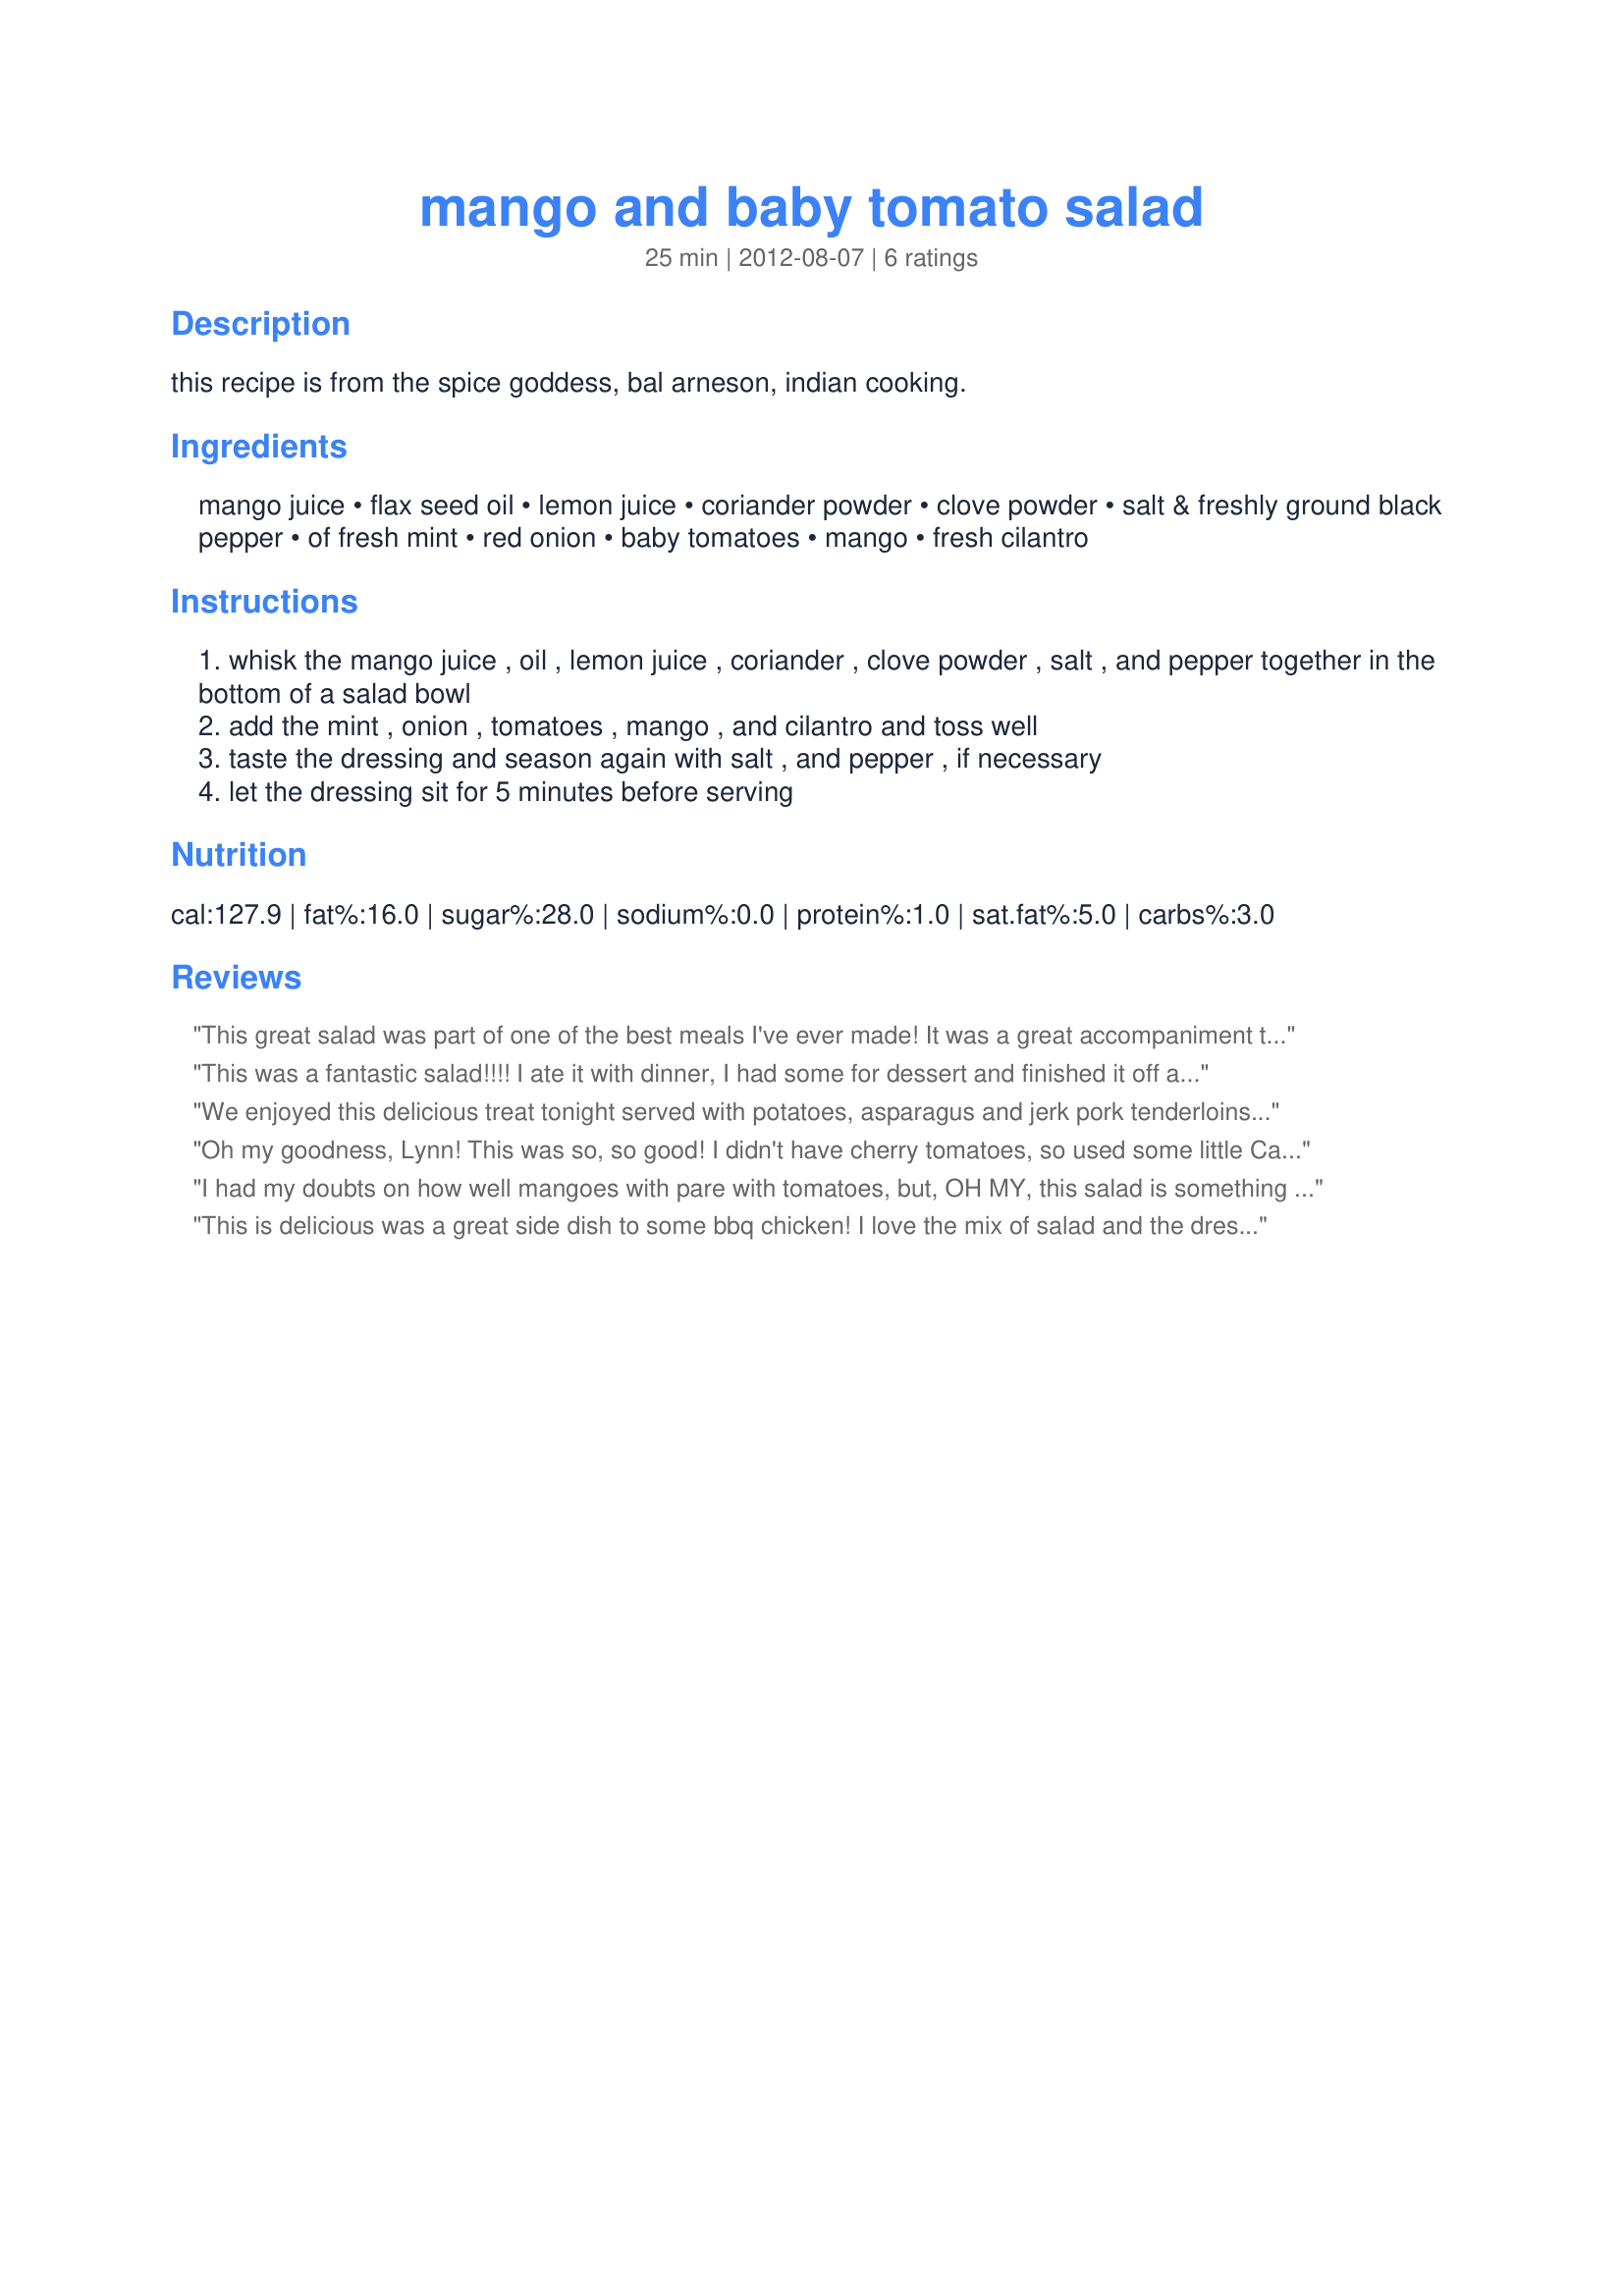
mango and baby tomato salad
Preparation time: 25 minutes

this recipe is from the spice goddess, bal arneson, indian cooking.

Ingredients:
mango juice, flax seed oil, lemon juice, coriander powder, clove powder, salt & freshly ground black pepper, of fresh mint, red onion, baby tomatoes, mango, fresh cilantro

Steps:
whisk the mango juice , oil , lemon juice , coriander , clove powder , salt , and pepper together in the bottom of a salad bowl
add the mint , onion , tomatoes , mango , and cilantro and toss well
taste the dressing and season again with salt , and pepper , if necessary
let the dressing sit for 5 minutes before serving

Reviews:
This great salad was part of one of the best meals I've ever made! It was a great accompaniment to Indian Spiced Roast Chicken on a hot hot summer night. I was skeptical about the combo of mango and tomatoes and I shouldn't have been. It was terrific along with the red onion. The spices were spot on, I'm not a mint fan, but I think I could have added a bit more! Thanks for posting L. Lynn!! Stacy G for CQ 2017, Himalayas.
This was a fantastic salad!!!! I ate it with dinner, I had some for dessert and finished it off as a midnight snack. This is in my 'keeper' file and will be made many, many times. Thank you! Made for CQ4
We enjoyed this delicious treat tonight served with potatoes, asparagus and jerk pork tenderloins. My oh my what a great meal. This salad was the perfect start to the meal. Quick and easy to make with excellent results. Made exactly as written and wouldn&#039;t change a thing. It was light and refreshing, tangy, spicy and wonderful. So much flavor, little bursts of coriander and cloves, and the added raw spice flavor of the cilantro and mint. Thanks for sharing another wonderful recipe my friend. Made for June Aussie Swap 2014.
Oh my goodness, Lynn! This was so, so good! I didn't have cherry tomatoes, so used some little Campari tomatoes from Sam's Club and quartered them. So sweet and luscious - and they paired so very well with the mango and the dressing! Even though I was full after dinner, I polished this salad off while doing dishes. LOL! This recipe is going into my favorites - thanks for posting! Made for CQ4.
I had my doubts on how well mangoes with pare with tomatoes, but, OH MY, this salad is something special! It wasn't easy finding mango juice (and I don't have a juicer), so I bought a juice brand that included other fruits, mango being the predominant one. I will be making this again for sure and I’m so happy that mangoes these days are easy to come by here in the Northeast U.S.. So happy I made this. Can you see me doing the happy dance! Thank you Lavendar Lynn for sharing! Made it for CQ4, 2017 – Himalayas.
This is delicious was a great side dish to some bbq chicken! I love the mix of salad and the dressing, it was amazing.
